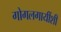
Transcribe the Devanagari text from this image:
गोगलगायींशी